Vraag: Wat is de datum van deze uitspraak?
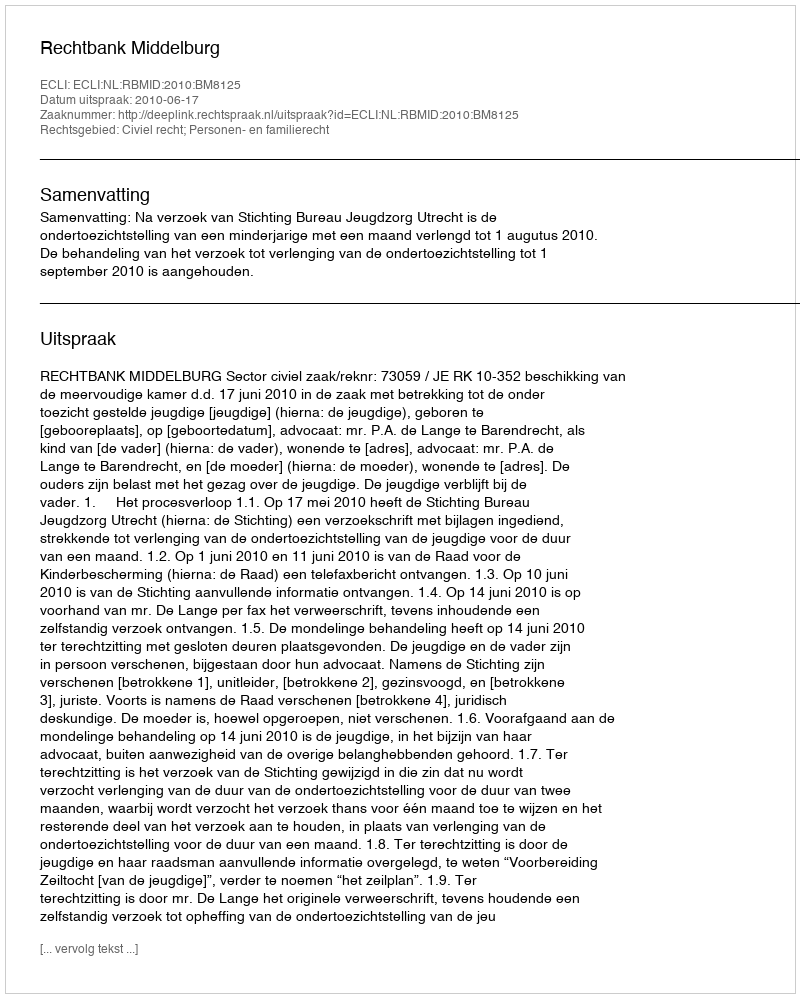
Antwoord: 2010-06-17